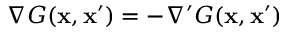
\nabla G ( \mathbf { x } , \mathbf { x } ^ { \prime } ) = - \nabla ^ { \prime } G ( \mathbf { x } , \mathbf { x } ^ { \prime } )